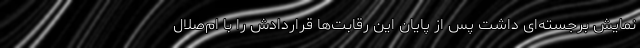
نمایش برجسته‌ای داشت پس از پایان این رقابت‌ها قراردادش را با ام‌صلال